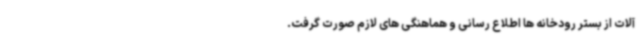
آلات از بستر رودخانه ها اطلاع رسانی و هماهنگی های لازم صورت گرفت.